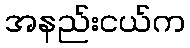
အနည်းငယ်က